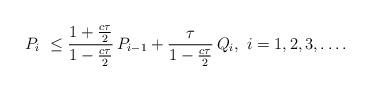
LaTeX: \begin{align*} P_i ~& \leq \frac{1 +\frac{c\tau}{2}}{1 -\frac{c\tau}{2}} \, P_{i -1} +\frac{\tau}{1 -\frac{c\tau}{2}} \, Q_i, ~ i = 1, 2, 3, \dots. \end{align*}